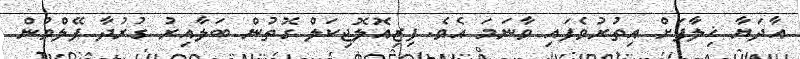
އާދަޔާ ޚިލާފަށް އިތުރުވެފައި ވާނަމަ އެވެ. ފިޒިއޮލޮޖިކަލް ގޮތުން ބަލާއިރު ގުރުދާ ފޭލްވުން